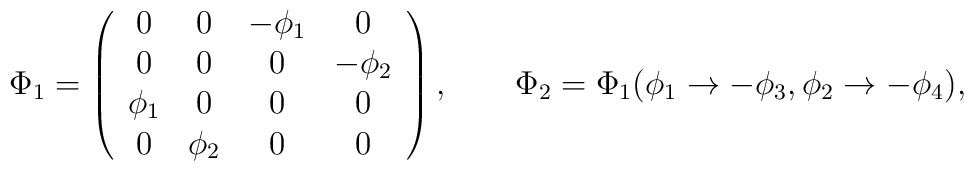
\Phi_1 = \left( \begin{array}{cccc}         0 & 0 & -\phi_1 & 0 \\         0 & 0 & 0 & -\phi_2 \\         \phi_1 & 0 & 0 & 0 \\         0 & \phi_2 & 0 & 0 \end{array} \right), \qquad \Phi_2 = \Phi_1(\phi_1\to-\phi_3,\phi_2\to -\phi_4),